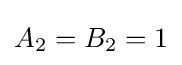
\textstyle A_{2}=B_{2}=1